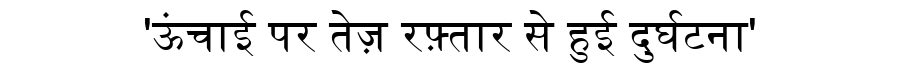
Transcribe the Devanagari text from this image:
'ऊंचाई पर तेज़ रफ़्तार से हुई दुर्घटना'